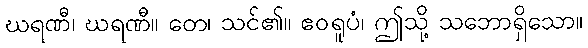
ဃရဏီ၊ ဃရဏီ။ တေ၊ သင်၏။ ဧဝရူပံ၊ ဤသို့ သဘောရှိသော။